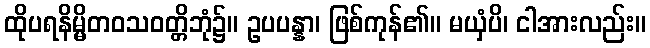
ထိုပရနိမ္မိတဝသဝတ္တိဘုံ၌။ ဥပပန္နာ၊ ဖြစ်ကုန်၏။ မယှံပိ၊ ငါအားလည်း။